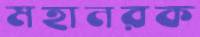
মহানরক